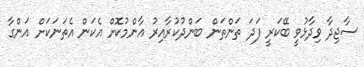
ސާޖިދާ ވިދާޅުވީ ބޭކަރީ ފަދަ ތަންތަން ބަންދުކުރާއިރު އާންމުކޮށް އެކަން އެތަނަކަށް އަންގާ